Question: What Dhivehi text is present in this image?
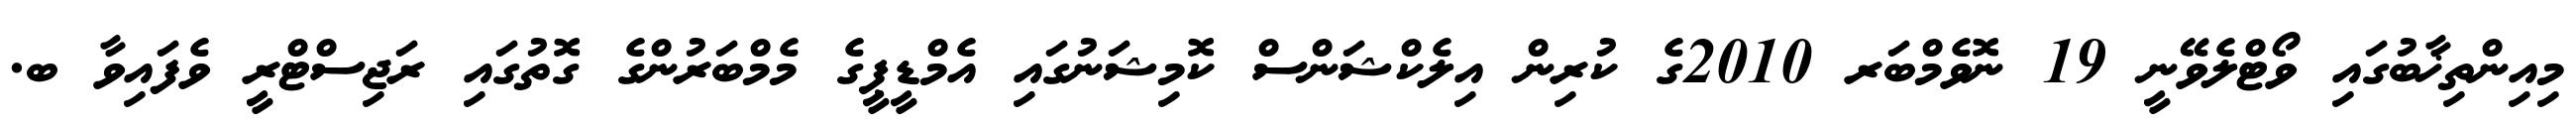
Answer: މިއިންތިޚާބުގައި ވޯޓްލެވޭނީ 19 ނޮވެމްބަރ 2010ގެ ކުރިން އިލެކްޝަންސް ކޮމިޝަނުގައި އެމްޑީޕީގެ މެމްބަރުންގެ ގޮތުގައި ރަޖިސްޓްރީ ވެފައިވާ ބ.